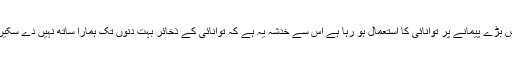
آج جس بڑے پیمانے پر توانائی کا استعمال ہو رہا ہے اس سے خدشہ یہ ہے کہ توانائی کے ذخائر بہت دنوں تک ہمارا ساتھ نہیں دے سکیں گے۔